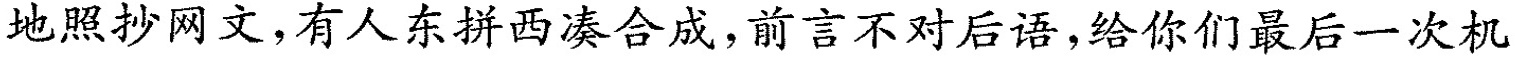
地照抄网文，有人东拼西凑合成，前言不对后语，给你们最后一次机